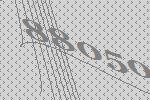
88050